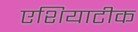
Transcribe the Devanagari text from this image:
एशियाटीक